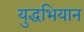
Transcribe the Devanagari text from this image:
युद्धभियान